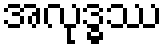
အလုဒ္ဓဿ